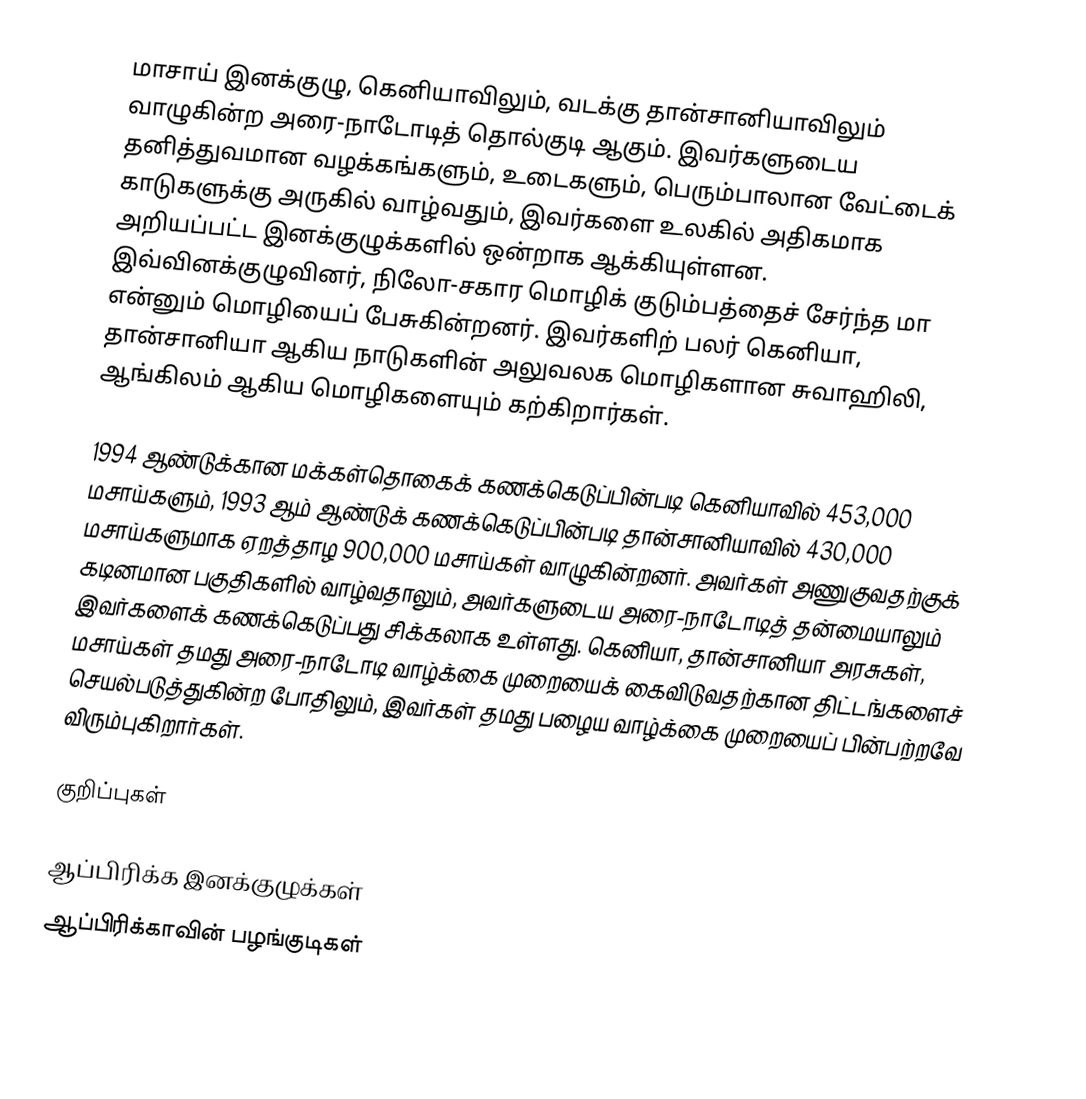
மாசாய் இனக்குழு, கெனியாவிலும், வடக்கு தான்சானியாவிலும் வாழுகின்ற அரை-நாடோடித் தொல்குடி ஆகும். இவர்களுடைய தனித்துவமான வழக்கங்களும், உடைகளும், பெரும்பாலான வேட்டைக் காடுகளுக்கு அருகில் வாழ்வதும், இவர்களை உலகில் அதிகமாக அறியப்பட்ட இனக்குழுக்களில் ஒன்றாக ஆக்கியுள்ளன. இவ்வினக்குழுவினர், நிலோ-சகார மொழிக் குடும்பத்தைச் சேர்ந்த மா என்னும் மொழியைப் பேசுகின்றனர். இவர்களிற் பலர் கெனியா, தான்சானியா ஆகிய நாடுகளின் அலுவலக மொழிகளான சுவாஹிலி, ஆங்கிலம் ஆகிய மொழிகளையும் கற்கிறார்கள்.

1994 ஆண்டுக்கான மக்கள்தொகைக் கணக்கெடுப்பின்படி கெனியாவில் 453,000 மசாய்களும், 1993 ஆம் ஆண்டுக் கணக்கெடுப்பின்படி தான்சானியாவில் 430,000 மசாய்களுமாக ஏறத்தாழ 900,000 மசாய்கள் வாழுகின்றனர். அவர்கள் அணுகுவதற்குக் கடினமான பகுதிகளில் வாழ்வதாலும், அவர்களுடைய அரை-நாடோடித் தன்மையாலும் இவர்களைக் கணக்கெடுப்பது சிக்கலாக உள்ளது. கெனியா, தான்சானியா அரசுகள், மசாய்கள் தமது அரை-நாடோடி வாழ்க்கை முறையைக் கைவிடுவதற்கான திட்டங்களைச் செயல்படுத்துகின்ற போதிலும், இவர்கள் தமது பழைய வாழ்க்கை முறையைப் பின்பற்றவே விரும்புகிறார்கள்.

குறிப்புகள்

ஆப்பிரிக்க இனக்குழுக்கள்
ஆப்பிரிக்காவின் பழங்குடிகள்